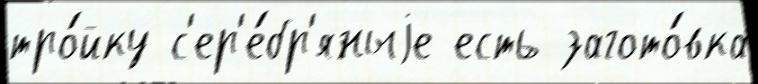
тро́йку с'ер'е́бр'яныjе есть загото́вка